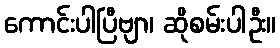
ကောင်းပါပြီဗျာ၊ ဆိုစမ်းပါဦး။